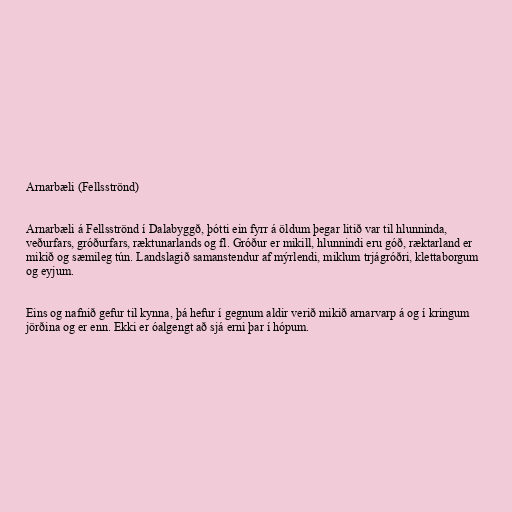
Arnarbæli (Fellsströnd)

Arnarbæli á Fellsströnd í Dalabyggð, þótti ein fyrr á öldum þegar litið var til hlunninda,
veðurfars, gróðurfars, ræktunarlands og fl. Gróður er mikill, hlunnindi eru góð, ræktarland er
mikið og sæmileg tún. Landslagið samanstendur af mýrlendi, miklum trjágróðri, klettaborgum
og eyjum.

Eins og nafnið gefur til kynna, þá hefur í gegnum aldir verið mikið arnarvarp á og í kringum
jörðina og er enn. Ekki er óalgengt að sjá erni þar í hópum.